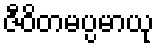
ဇီဝိတမပ္ပမာယု